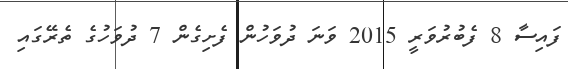
ފައިސާ 8 ފެބުރުވަރީ 2015 ވަނަ ދުވަހުން ފެށިގެން 7 ދުވަހުގެ ތެރޭގައި